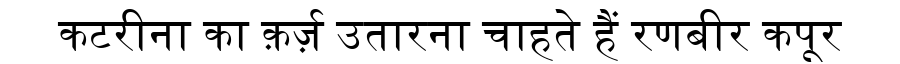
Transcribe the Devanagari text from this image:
कटरीना का क़र्ज़ उतारना चाहते हैं रणबीर कपूर